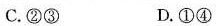
C.②③ D.①④